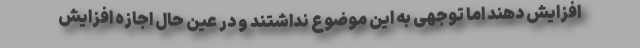
افزایش دهند اما توجهی به این موضوع نداشتند و در عین حال اجازه افزایش